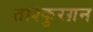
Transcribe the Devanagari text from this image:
ताश्कुरग़न